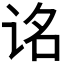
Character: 𬣮